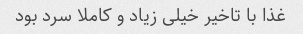
غذا با تاخیر خیلی زیاد و کاملا سرد بود